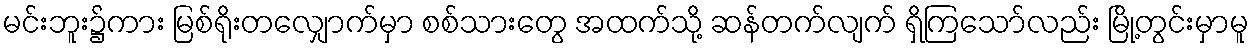
မင်းဘူး၌ကား မြစ်ရိုးတလျှောက်မှာ စစ်သားတွေ အထက်သို့ ဆန်တက်လျက် ရှိကြသော်လည်း မြို့တွင်းမှာမူ